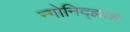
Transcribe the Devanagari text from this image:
न्गोनिद्झाशे